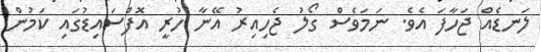
ލަނޑެއް ޖަހާފަ އެވެ. ނަމަވެސް ގޯލު ޖެހިއިރު އޭނާ ހުރީ އޮފްސައިޑުގައި ކަމުން